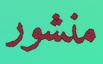
منشور